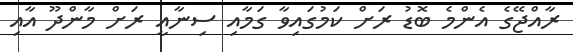
ރާއްޖޭގެ އެންމެ ބޮޑު ރަށް ކަމުގައިވާ ގަމާއި ސިނާއީ ރަށް މާންދޫ އާއި